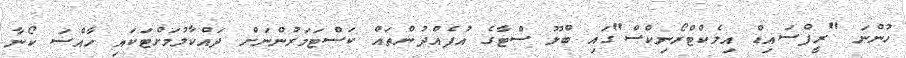
ހުންނަ "ރީފްސައިޑް އިލެކްޓްރޯނިކްސް"ގައި ބްލޫ ސްޓާގެ އުފެއްދުންތައް ކަސްޓަމަރުންނަށް ދައްކާލުމަށްޓަކައި ހާއްސަ ކޯނާ